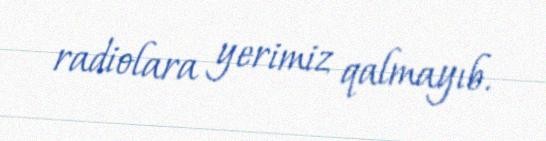
radiolara yerimiz qalmayıb.